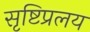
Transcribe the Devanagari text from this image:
सृष्टिप्रलय